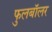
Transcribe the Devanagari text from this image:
फुलबॉलर